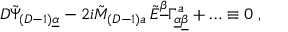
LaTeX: { \cal D } \tilde { \Psi } _ { ( D - 1 ) \underline { { { \alpha } } } } - 2 i \tilde { M } _ { ( D - 1 ) a } \, \tilde { E } ^ { \underline { { { \beta } } } } \Gamma _ { \underline { { { \alpha } } } \underline { { { \beta } } } } ^ { a } + \ldots \equiv 0 \; ,